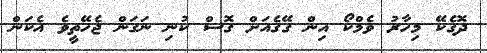
ދޮގެކޭ މިހާރު ވެމްކޯ އިން ގޭގެއަށް ގޮސް ކުނި ނަގަން ޖެހޭތީވެ އެކަން